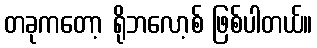
တခုကတော့ ရိုဘလော့စ် ဖြစ်ပါတယ်။